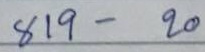
819 - 20